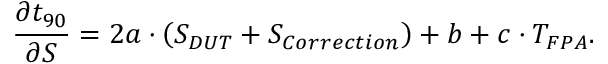
\frac { \partial t _ { 9 0 } } { \partial S } = 2 a \cdot \left( S _ { D U T } + S _ { C o r r e c t i o n } \right) + b + c \cdot T _ { F P A } \mathrm { . }